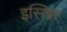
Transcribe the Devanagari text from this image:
इस्ल्लिए